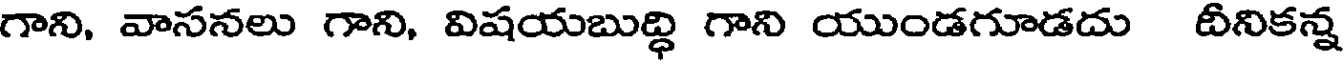
గాని, వాసనలు గాని, విషయబుద్ధి గాని యుండగూడదు దీనికన్న